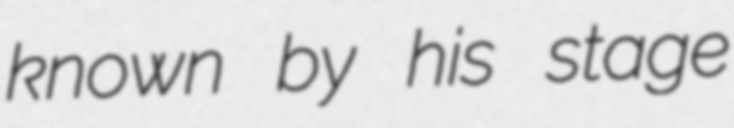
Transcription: known by his stage